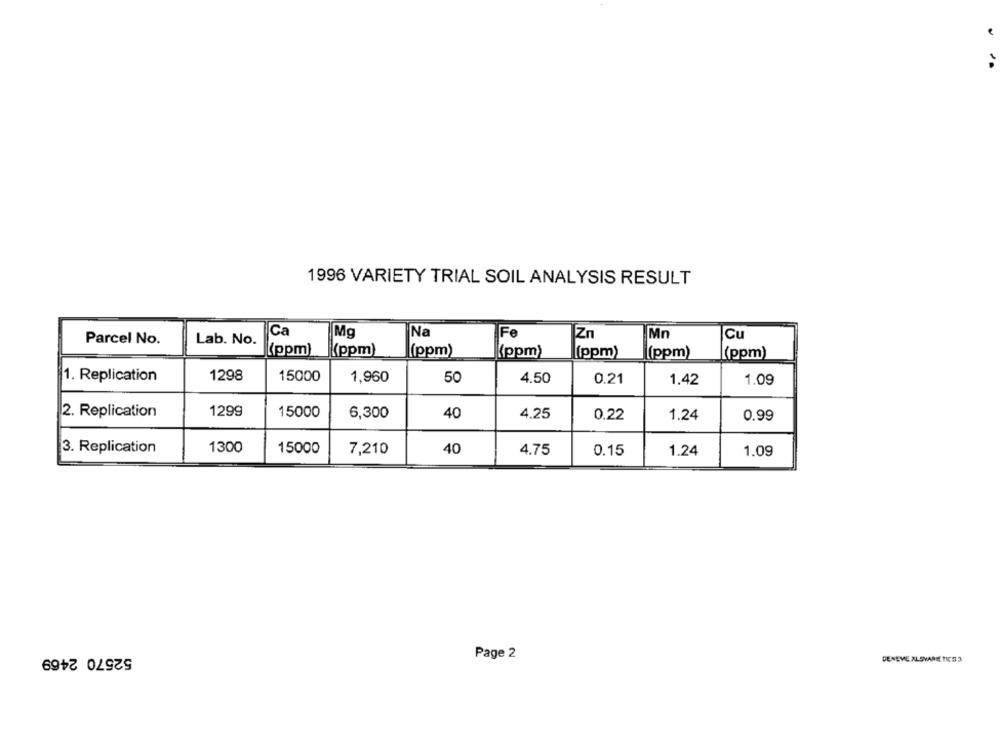
1996 VARIETY TRIAL SOIL ANALYSIS RESULT
Ca
Na
Parcel No.
Lab. No.
Mg
Fe
[Zn
Mn
Cu
(ppm)
(ppm)
(ppm)
(ppm)
(ppm)
(ppm)
(ppm)
1. Replication
1298
15000
1,960
50
4.50
0.21
1.42
1.09
2. Replication
1299
15000
6,300
40
4.25
0.22
1.24
0.99
3. Replication
1300
15000
7,210
40
4.75
0.15
1.24
1.09
52570 2469
Page 2
DENEVE ALSMARE TICS 3